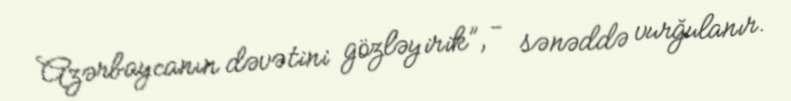
Azərbaycanın dəvətini gözləyirik”, - sənəddə vurğulanır.